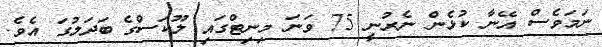
ނަމަވެސް އޭނާ ކުޅެން ނެރުނީ 75 ވަނަ މިނިޓްގައި ލޫކަސްގެ ބަދަލުގަ އެވެ.